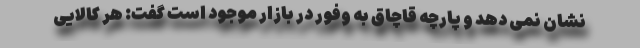
نشان نمی دهد و پارچه قاچاق به وفور در بازار موجود است گفت: هر کالایی